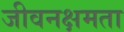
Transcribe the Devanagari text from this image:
जीवनक्षमता